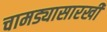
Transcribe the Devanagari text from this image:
चामड्यासारखी